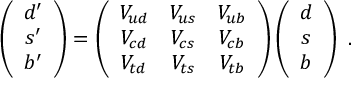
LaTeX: \left( \begin{array} { c } { { d ^ { \prime } } } \\ { { s ^ { \prime } } } \\ { { b ^ { \prime } } } \end{array} \right) = \left( \begin{array} { c c c } { { V _ { u d } } } & { { V _ { u s } } } & { { V _ { u b } } } \\ { { V _ { c d } } } & { { V _ { c s } } } & { { V _ { c b } } } \\ { { V _ { t d } } } & { { V _ { t s } } } & { { V _ { t b } } } \end{array} \right) \left( \begin{array} { c } { { d } } \\ { { s } } \\ { { b } } \end{array} \right) ~ .